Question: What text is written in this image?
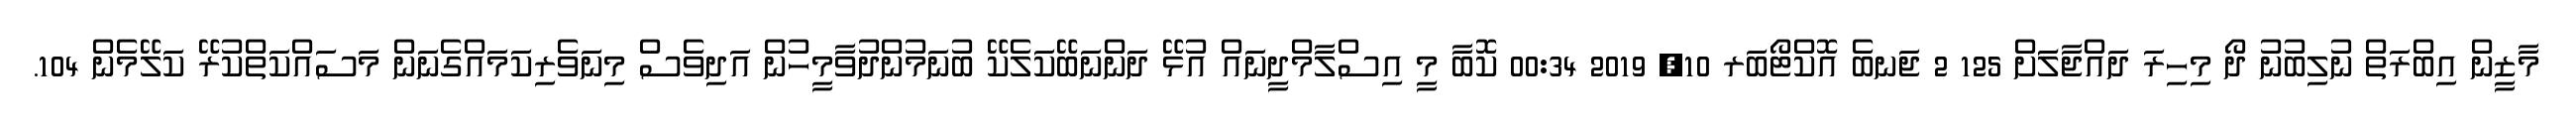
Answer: މާޒީން އިބްރަތް ނުލިބުނު ދޯ މިހިރަ ދައްޖާލަަށް 125 2 ޖަނބެ އޮކްޓޯބަރ 10, 2019 00:34 ކޮބާ މީ އިސްލާމްދީނައް އުޅޭ ދަންނަބޭކަލެކޭ ބުނަމުންދުވާމީހުން އަދިވެސް މިނަވެރިކަމައްގެނަން މަސައްކަތްކުރޭ ކަލޭމެން 104.